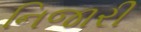
નિજારી